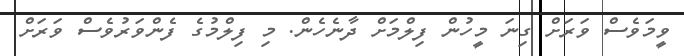
ވީމަވެސް ވަރަށް ގިނަ މީހުން ފިލްމަށް ދާނެހެން. މި ފިލްމުގެ ފެންވަރުވެސް ވަރަށް